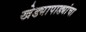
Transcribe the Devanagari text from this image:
खेड्यापाड्यांचा